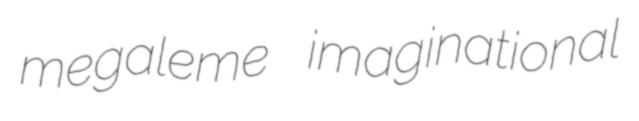
megaleme imaginational